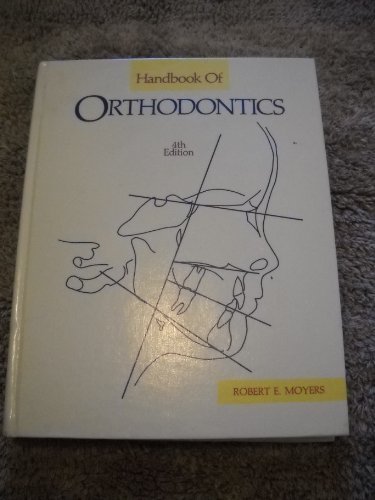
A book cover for Handbook of Orthodontics; Robert E. Moyers; Medical Books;